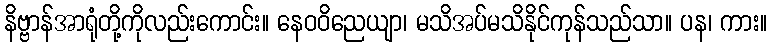
နိဗ္ဗာန်အာရုံတို့ကိုလည်းကောင်း။ နေဝဝိညေယျာ၊ မသိအပ်မသိနိုင်ကုန်သည်သာ။ ပန၊ ကား။